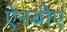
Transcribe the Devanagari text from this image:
ऐनबीए